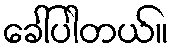
ခေါ်ပါတယ်။